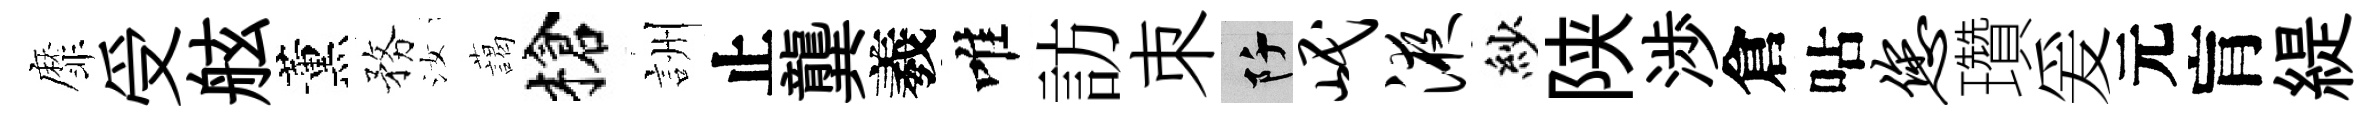
靡受舷薰務汝藹槍詶止龔羲唯訪朿阡岷液紗陕渉倉呫您瓚爰元肓緹